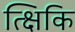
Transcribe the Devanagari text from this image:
त्क्षिकि